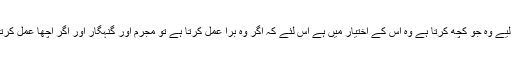
لٰہذا انسان مکلف ہے، اس لیے وہ جو کچھ کرتا ہے وہ اس کے اختیار میں ہے اس لئے کہ اگر وہ برا عمل کرتا ہے تو مجرم اور گنہگار اور اگر اچھا عمل کرتا ہے تو باعث ِ ثواب ہے۔